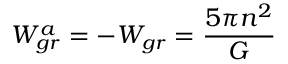
W _ { g r } ^ { a } = - W _ { g r } = { \frac { 5 \pi n ^ { 2 } } { G } }